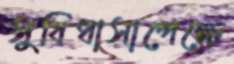
সুবিধাসাপেক্ষে